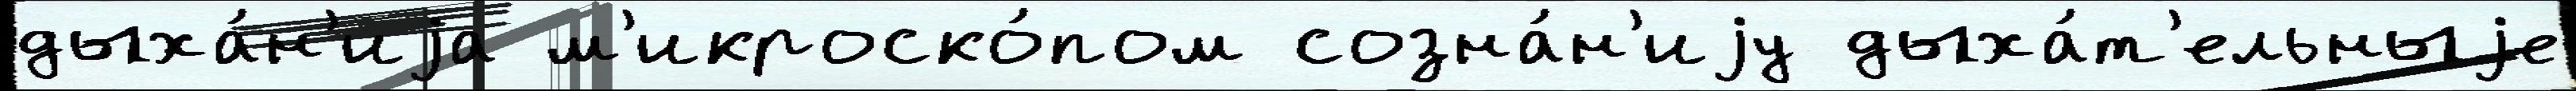
дыха́н'иjа м'икроско́пом созна́н'иjу дыха́т'ельныjе